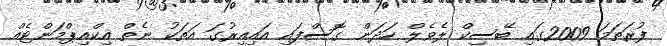
ފުރަތަމަ 2009ގައި ބޭސިކް ލެވެލް ހަދަން ގޮސްފައި އައިއިރުގަ އަތަކު ނެތް އިކްއިޕްމަންޓެއް